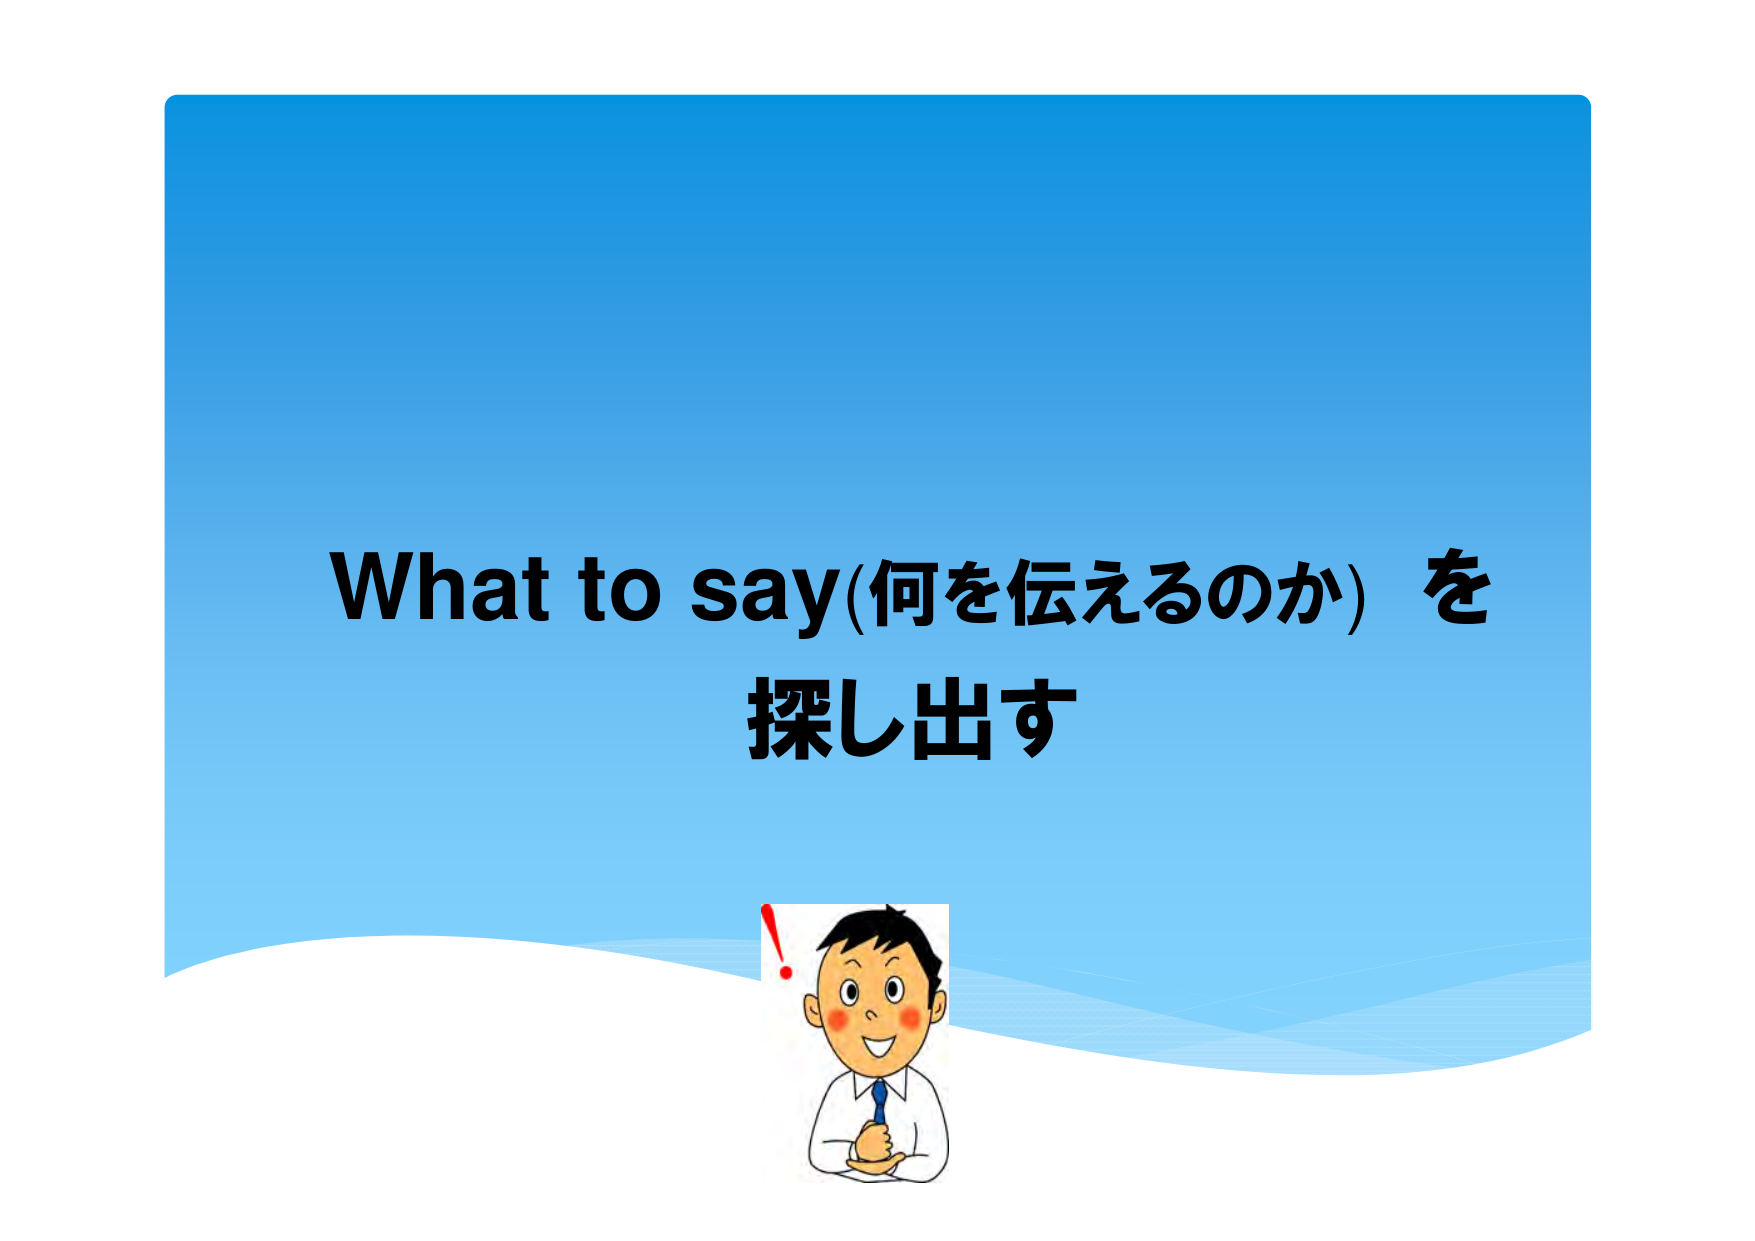
What to say(何を伝えるのか) を
探し出す